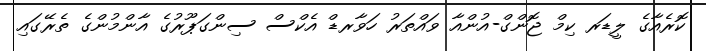
ކޮރެއާގެ ލީޑަރ ކިމް ޖޮންގް-އުންއާ ވައްތަރު ހަވާރޑް އެކްސް ސިންގަޕޫރުގެ އާންމުންގެ ތެރޭގައި